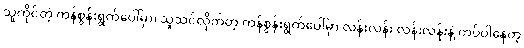
သူကိုင်တဲ့ ကန်စွန်းရွက်ပေါ်မှာ၊ သူသင်လိုက်တဲ့ ကန်စွန်းရွက်ပေါ်မှာ လန်းလန်း လန်းလန်းနဲ့ ကပ်ပါနေတဲ့